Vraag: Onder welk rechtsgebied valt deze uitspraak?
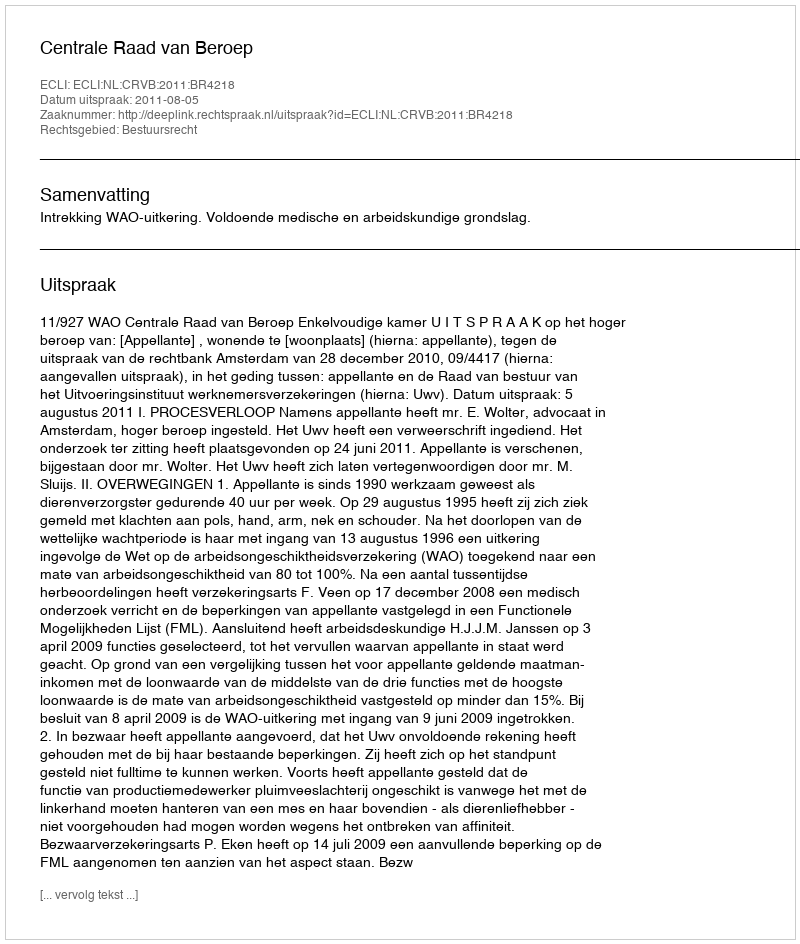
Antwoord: Bestuursrecht